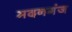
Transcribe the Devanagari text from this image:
मदनगंज